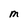
Character: M